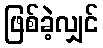
ဖြစ်ခဲ့လျှင်